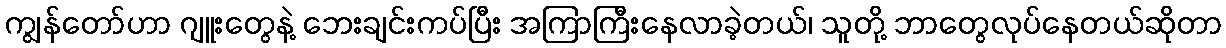
ကျွန်တော်ဟာ ဂျူးတွေနဲ့ ဘေးချင်းကပ်ပြီး အကြာကြီးနေလာခဲ့တယ်၊ သူတို့ ဘာတွေလုပ်နေတယ်ဆိုတာ